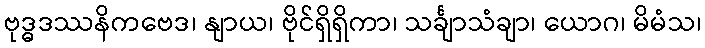
ဗုဒ္ဓဒဿနိကဗေဒ၊ နျာယ၊ ဗိုင်ရှိရှိကာ၊ သင်္ချာသံချာ၊ ယောဂ၊ မိမံသ၊